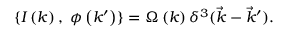
\{ I \left( k \right) , \ \phi \left( k ^ { \prime } \right) \} = \Omega \left( k \right) \delta ^ { 3 } ( \vec { k } - \vec { k } ^ { \prime } ) .